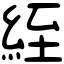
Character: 絰